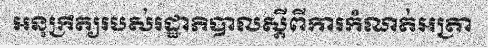
អនុក្រឹត្យរបស់រដ្ឋាភិបាលស្តីពីការកំណត់អត្រា